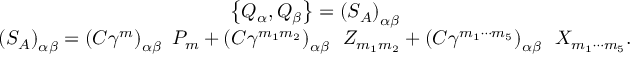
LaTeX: \begin{array} { c } { { \left\{ Q _ { \alpha } , Q _ { \beta } \right\} = \left( S _ { A } \right) _ { \alpha \beta } } } \\ { { \left( S _ { A } \right) _ { \alpha \beta } = \left( C \gamma ^ { m } \right) _ { \alpha \beta } \, \, P _ { m } + \left( C \gamma ^ { m _ { 1 } m _ { 2 } } \right) _ { \alpha \beta } \, \, \, Z _ { m _ { 1 } m _ { 2 } } + \left( C \gamma ^ { m _ { 1 } \cdots m _ { 5 } } \right) _ { \alpha \beta } \, \, \, X _ { m _ { 1 } \cdots m _ { 5 } } . } } \end{array}